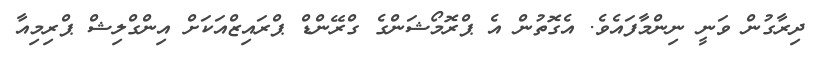
ދިރާގުން ވަނީ ނިންމާފައެވެ. އެގޮތުން އެ ޕްރޮމޯޝަންގެ ގްރޭންޑް ޕްރައިޒްއަކަށް އިންގްލިޝް ޕްރިމިއާ